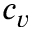
c _ { v }